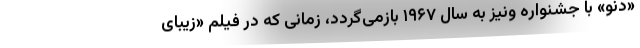
«دِنو» با جشنواره ونیز به سال ۱۹۶۷ بازمی‌گردد، زمانی که در فیلم «زیبای